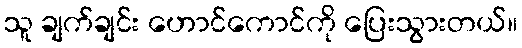
သူ ချက်ချင်း ဟောင်ကောင်ကို ပြေးသွားတယ်။